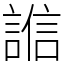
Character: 𧪄